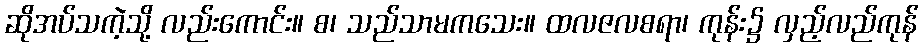
ဆိုအပ်သကဲ့သို့ လည်းကောင်း။ စ၊ သည်သာမကသေး။ ထလဇလစရာ၊ ကုန်း၌ လှည့်လည်ကုန်